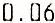
0.06